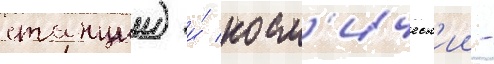
станции) и́ косм'ическ'ии -